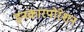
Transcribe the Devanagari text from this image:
इनकारपोरेशन